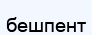
бешпент